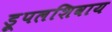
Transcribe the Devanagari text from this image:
ड्रूपलशिवाय